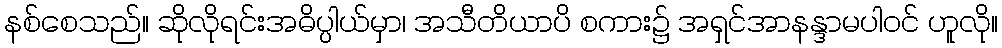
နစ်စေသည်။ ဆိုလိုရင်းအဓိပ္ပါယ်မှာ၊ အသီတိယာပိ စကား၌ အရှင်အာနန္ဒာမပါဝင် ဟူလို။